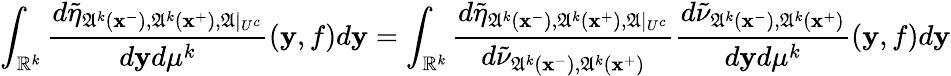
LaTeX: \int_{\mathbb{R}^{k}}\frac{d\tilde{\eta}_{\mathfrak{A}^{k}(\mathbf{x}^{-}),\mathfrak{A}^{k}(\mathbf{x}^{+}),\mathfrak{A}|_{U^{c}}}}{d\mathbf{y}d\mu^{k}}(\mathbf{y},f)d\mathbf{y}=\int_{\mathbb{R}^{k}}\frac{d\tilde{\eta}_{\mathfrak{A}^{k}(\mathbf{x}^{-}),\mathfrak{A}^{k}(\mathbf{x}^{+}),\mathfrak{A}|_{U^{c}}}}{d\tilde{\nu}_{\mathfrak{A}^{k}(\mathbf{x}^{-}),\mathfrak{A}^{k}(\mathbf{x}^{+})}}\frac{d\tilde{\nu}_{\mathfrak{A}^{k}(\mathbf{x}^{-}),\mathfrak{A}^{k}(\mathbf{x}^{+})}}{d\mathbf{y}d\mu^{k}}(\mathbf{y},f)d\mathbf{y}